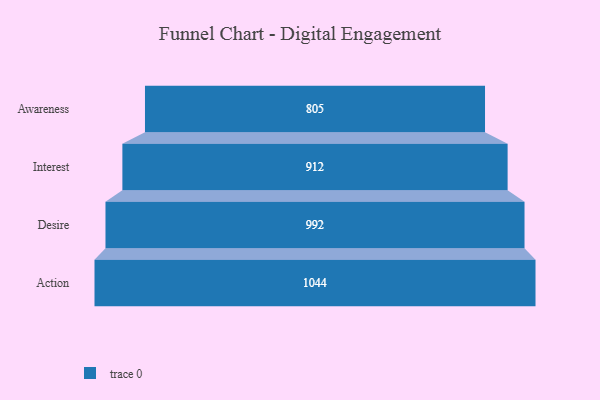
{"axis": {"x": "Stage", "y": "Value"}, "legend": [""], "data": [{"x": "Awareness", "y": 805.0, "type": ""}, {"x": "Interest", "y": 912.0, "type": ""}, {"x": "Desire", "y": 992.0, "type": ""}, {"x": "Action", "y": 1044.0, "type": ""}]}